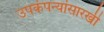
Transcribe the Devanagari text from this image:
उपकंपन्यांसारखी